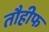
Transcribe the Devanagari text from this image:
तौहीफ